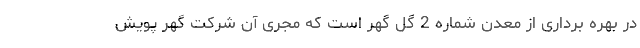
در بهره برداری از معدن شماره 2 گل گهر است که مجری آن شرکت گهر پویش